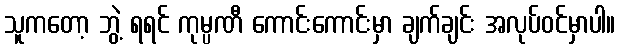
သူကတော့ ဘွဲ့ ရရင် ကုမ္ပဏီ ကောင်းကောင်းမှာ ချက်ချင်း အလုပ်ဝင်မှာပါ။